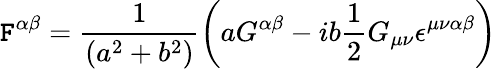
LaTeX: \mathtt{F}^{\alpha\beta}=\frac{{1}}{{\left(a^{2}+b^{2}\right)}}\left(aG^{\alpha\beta}-ib\frac{{1}}{{2}}G_{\mu\nu}\epsilon^{\mu\nu\alpha\beta}\right)